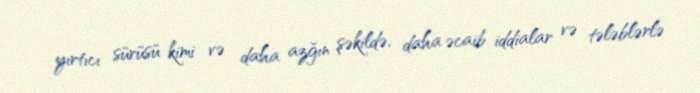
yırtıcı sürüsü kimi və daha azğın şəkildə, daha əcaib iddialar və tələblərlə